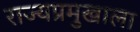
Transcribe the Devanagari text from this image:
राज्यप्रमुखाला